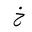
Letter: _kha